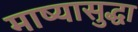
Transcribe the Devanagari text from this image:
माष्यासुद्धा